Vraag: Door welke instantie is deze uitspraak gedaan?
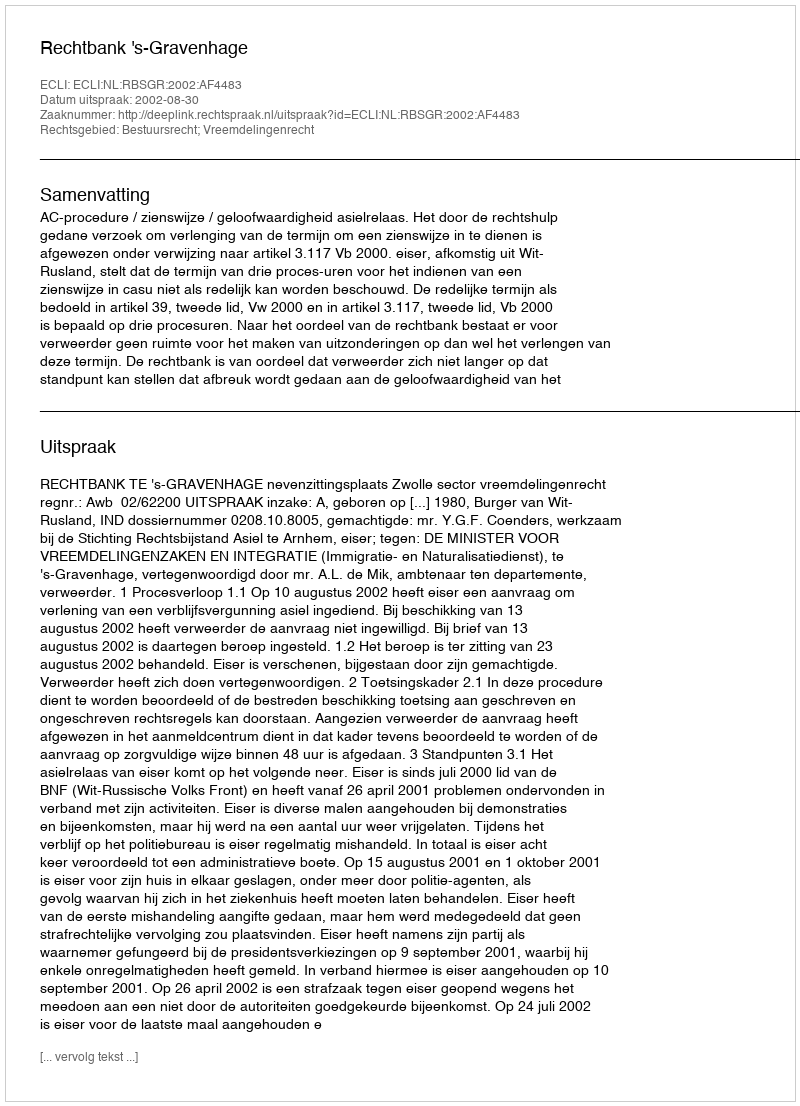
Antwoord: Rechtbank 's-Gravenhage